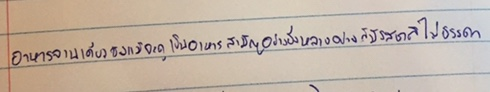
อาหารจานเดียวซึ่งแม้จะดูเป็นอาหารสามัญอย่างยิ่งหลายอย่างก็มีรสชาติไม่ธรรมดา